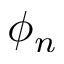
\phi _ { n }